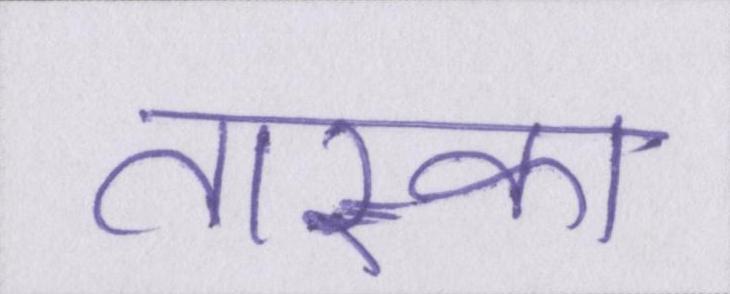
तास्का